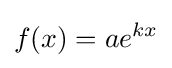
f(x)=ae^{kx}